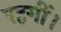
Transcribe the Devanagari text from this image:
रहगीं।